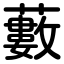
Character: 藪